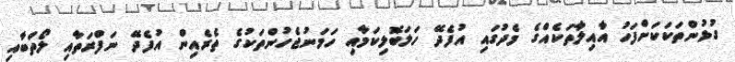
ގުޅުންތަކަކަށްފަހު އާއިލާތަކެއްގެ މެދުގައި އުފެދޭ ހަލަބޮލިކަމާއި ހަމަނުޖެހުންތަކުގެ ތެރެއިން އުފެދޭ ނަފްރަތާއި ލޯތްބާއި